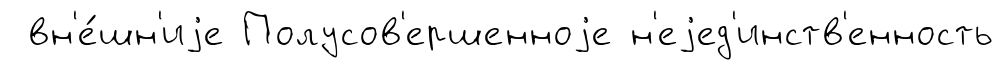
вн'е́шн'иjе Полусов'ершенноjе н'еjед'инств'енность